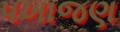
પખાજણ